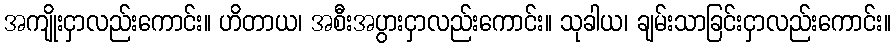
အကျိုးငှာလည်းကောင်း။ ဟိတာယ၊ အစီးအပွားငှာလည်းကောင်း။ သုခါယ၊ ချမ်းသာခြင်းငှာလည်းကောင်း။